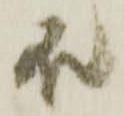
殿